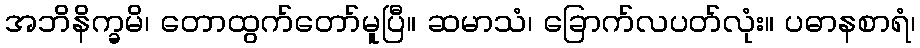
အဘိနိက္ခမိ၊ တောထွက်တော်မူပြီ။ ဆမာသံ၊ ခြောက်လပတ်လုံး။ ပဓာနစာရံ၊